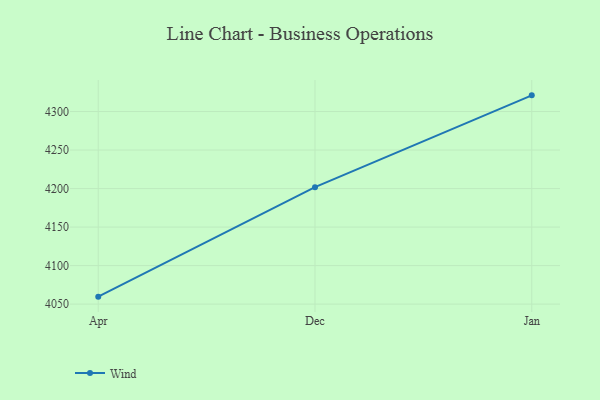
{"axis": {"x": "Month", "y": "Active Users"}, "legend": ["Wind"], "data": [{"x": "Apr", "y": 4059.7, "type": "Wind"}, {"x": "Dec", "y": 4201.8, "type": "Wind"}, {"x": "Jan", "y": 4321.0, "type": "Wind"}]}